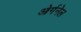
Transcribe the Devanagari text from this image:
ओर्गनेल